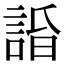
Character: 𧨥